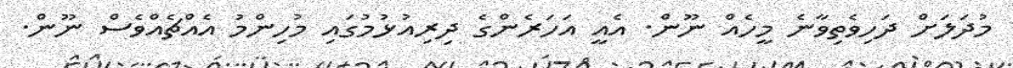
މުދަލަށް ދަހިވެތިވާނެ މީހެއް ނޫން. އެއީ އަހަރެންގެ ދިރިއުޅުމުގައި މުހިންމު އެއްޗެއްވެސް ނޫން.